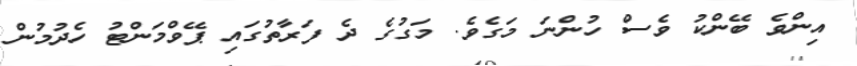
އިންވެ ބޭންކު ވެސް ހުންނަ މަގެވެ. މަގުގެ ދެ ފަރާތުގައި ޕޭވްމަންޓު ހެދުމުން